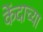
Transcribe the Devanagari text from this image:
केंदाच्या